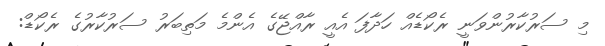
މި ސަރުކާރުންވަނީ ރެކޯޑެއް ހަދާފަ އެއީ ރާއްޖޭގެ އެންމެ މަތިބަރު ސަރުކާރުގެ ރެކޯޑް: